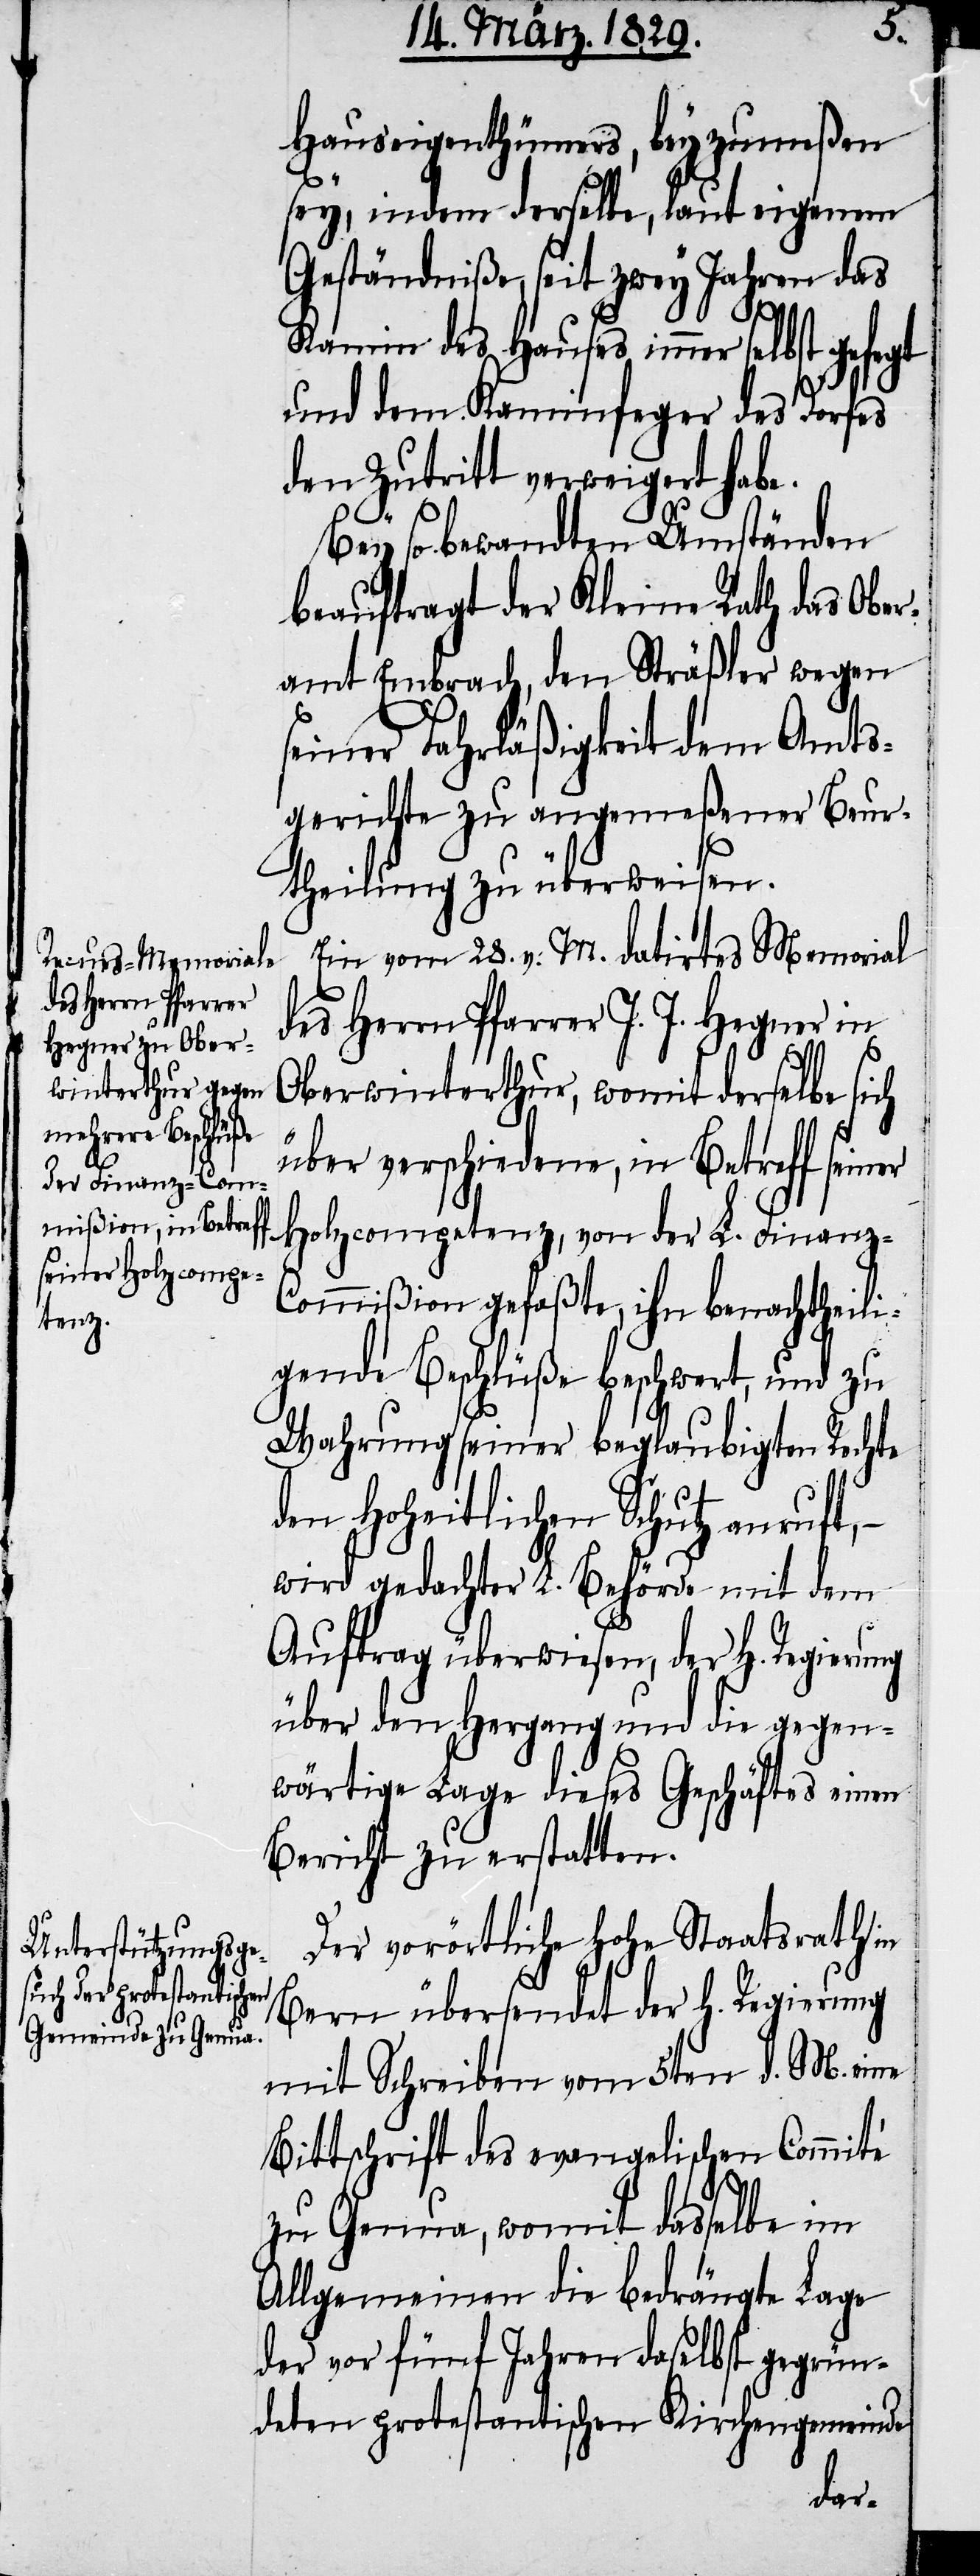
Hauseigenthümers, beyzumeßen
sey, indem derselbe, laut eigenem
Geständniße, seit zwey Jahren das
Kamin des Hauses immer selbst gefegt
und dem Kaminfeger des Dorfes
den Zutritt verweigert habe.
Bey so bewandten Umständen
beauftragt der Kleine Rath das Ober¬
amt Embrach, den Sträßler wegen
seiner Fahrläßigkeit dem Amt¬
gerichte zu angemeßener Beur¬
theilung zu überweisen.
Ein vom 28. v. M. datirtes Memorial
des Herrn Pfarrer J. J. Hegner in
Oberwinterthur, womit derselbe sich
über verschiedene, in Betreff seiner
Holzcompetenz, von der L. Finanz-C¬
ommißion gefaßte, ihn benachtheili¬
gende Beschlüße beschwert, und zu
Wahrung seiner beglaubigten Rechte
den Hoheitlichen Schutz anruft,–
wird gedachter L. Behörde mit dem
Auftrag überwiesen, der H. Regierung
über den Hergang und die gegen¬
wärtige Lage dieses Geschäftes einen
Bericht zu erstatten.
Der vorörtliche hohe Staatsrath in
Bern übersendet der H. Regierung
mit Schreiben vom 5ten d. M. eine
Bittschrift des evangelischen Commité
zu Genua, womit dasselbe im
Allgemeinen die bedrängte Lage
der vor fünf Jahren daselbst gegrün¬
deten protestantischen Kirchengemeinde